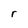
Character: r